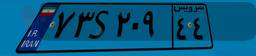
۷۳S۲۰۹۴۴